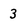
Character: 3